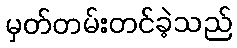
မှတ်တမ်းတင်ခဲ့သည်